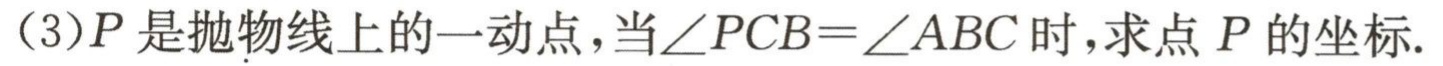
（3）\(P\)是抛物线上的一动点，当\(\angle PCB = \angle ABC\)时，求点 \(P\)的坐标.